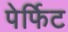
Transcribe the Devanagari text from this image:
पेर्फिट